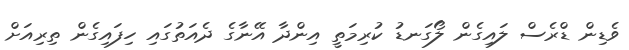
ވެޑިން ޑްރެސް ލައިގެން ލޯގަނޑު ކުރިމަތީ އިންދާ އޭނާގެ ދެއަތުގައި ހިފައިގެން ތިރިއަށް